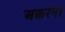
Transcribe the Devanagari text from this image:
अकरना